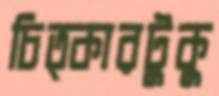
চিত্কারটুকু